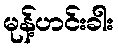
မုန့်ဟင်းခါး